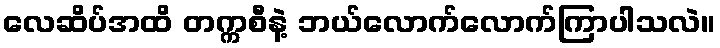
လေဆိပ်အထိ တက္ကစီနဲ့ ဘယ်လောက်လောက်ကြာပါသလဲ။